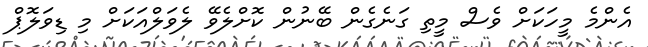
އެންމެ މީހަކަށް ވެސް މީތި ގަނެގެން ބޭނުން ކޮށްލެވޭ ލެވަލްއަކަށް މި ޑިވަލޮޕް